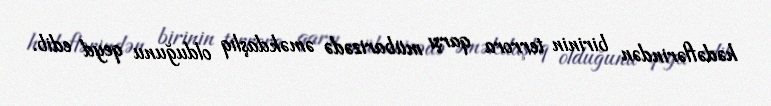
hədəflərindən birinin terrora qarşı mübarizədə əməkdaşlıq olduğunu qeyd edib.